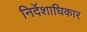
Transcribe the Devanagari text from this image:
निर्देशाधिकार